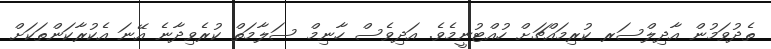
ތެދުވަމުން އާދިލްސަރ ކުރިމައްޗަށް ހުއްޓުނީމެވެ. އަދިވެސް ހާނިމް ސަލާމަތް ކުރެވިދާނެ އޭނަ އެކުރާކަންތަކަށް